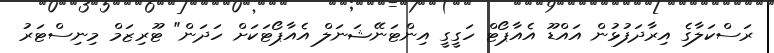
ރަސްކަލާގެ އިރާދަފުޅުން އައްޑޫ އެއާޕޯޓް ހަގީގީ އިންޓަނޭޝަނަލް އެއާޕޯޓަކަށް ހަދަން" ޓޫރިޒަމް މިނިސްޓަރު